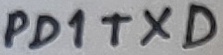
Text: PD!TXD